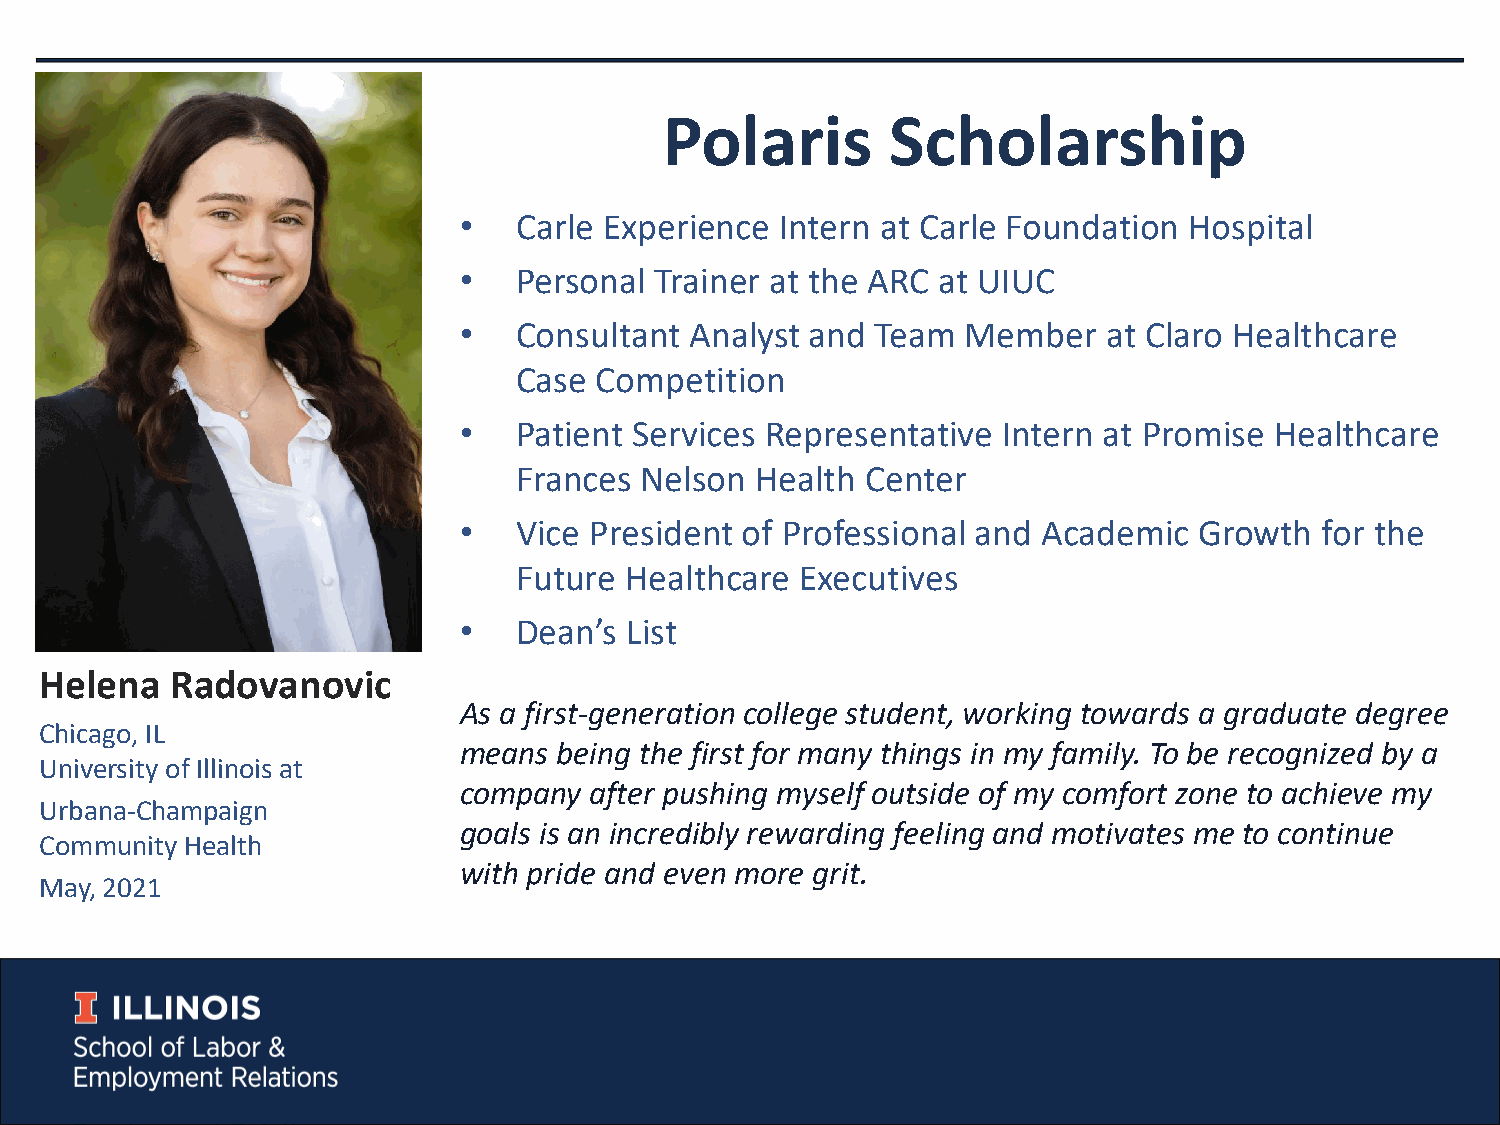
Polaris        Scholarship
 •   Carle Experience  Intern at Carle Foundation Hospital
 •   Personal Trainer at the ARC at UIUC
 •   Consultant  Analyst and Team  Member   at Claro Healthcare
 Case Competition
 •   Patient Services Representative Intern at Promise Healthcare
 Frances Nelson  Health Center
 •   Vice President of Professional and Academic  Growth   for the
 Future Healthcare  Executives
 •   Dean’s List
 Helena  Radovanovic
 As a first-generation college student, working towards a graduate degree
 Chicago, IL
 means  being the first for many things in my family. To be recognized by a
 University of Illinois at
 company  after pushing myself outside of my comfort zone to achieve my
 Urbana-Champaign
 goals is an incredibly rewarding feeling and motivates me to continue
 Community Health
 with pride and even more grit.
 May, 2021